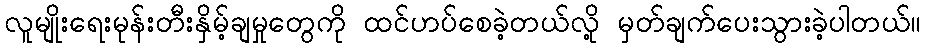
လူမျိုးရေးမုန်းတီးနှိမ့်ချမှုတွေကို ထင်ဟပ်စေခဲ့တယ်လို့ မှတ်ချက်ပေးသွားခဲ့ပါတယ်။